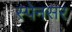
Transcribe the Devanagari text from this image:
स्पेनसर